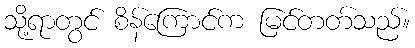
သို့ရာတွင် စိန်ကြောင်က မြင်တတ်သည်။